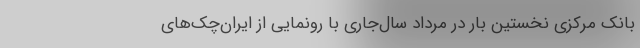
بانک مرکزی نخستین بار در مرداد سال‌جاری با رونمایی از ایران‌چک‌های